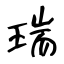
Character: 瑞